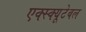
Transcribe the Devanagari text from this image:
एक्स्क्यूटेबल